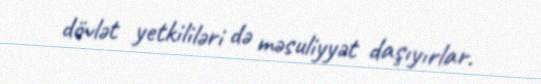
dövlət yetkililəri də məsuliyyət daşıyırlar.